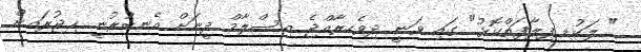
" ލަކުޑި ފިލާފަތްކޮޅު" ގައި ވަނީ ދިވެހިރާއްޖެ އިސްލާމް ދީނަށް އެނބުރުނީ ޙިޖުރައިން